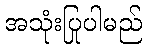
အသုံးပြုပါမည်